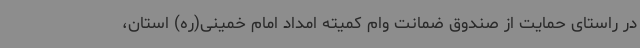
در راستای حمایت از صندوق ضمانت وام کمیته امداد امام خمینی(ره) استان،